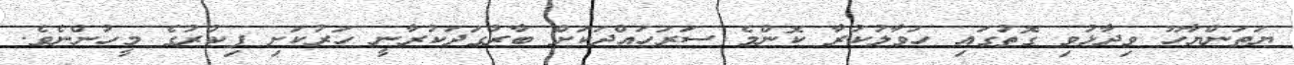
ޔަތަންޔާހޫ ވިދާޅުވި ގޮތުގައި ހަވާލުކުރާ ކޮންމެ ސަރަހައްދަކަށް ބާރުގަދަކުރާނީ ހަރުކަށި ފިކުރުގެ މީހުންނެވެ.